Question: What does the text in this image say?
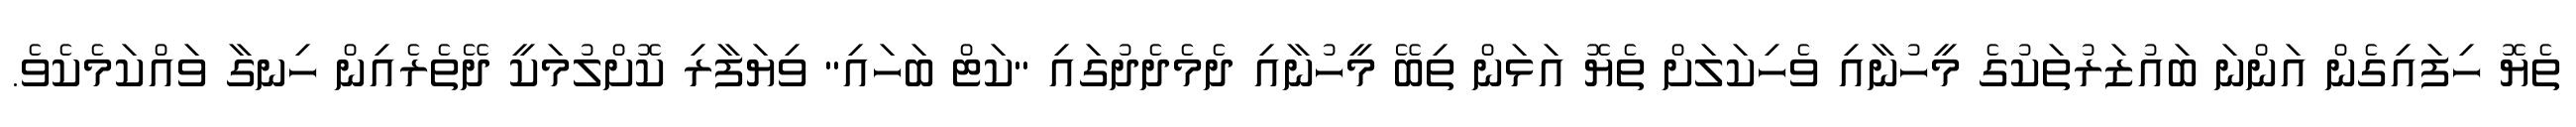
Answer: ތެޔޮ ހިފައިގެން އަންނަ ބައުޒަރުތަކުގެ މީހުނާއި ވެހިކަލަށް ތެޔޮ އަޅަން ތިބޭ މީހުނާއި ދެމެދެދުގައި "ކަޓް ބަހައި" ވިޔަފާރި ކޮށްލުމަކީ ދޭތެރެއިން ހިނގާ ވައްކަމެކެވެ.